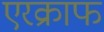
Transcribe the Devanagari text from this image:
एरक्राफ